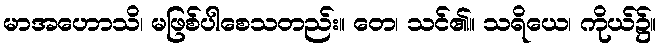
မာအဟောသိ၊ မဖြစ်ပါစေသတည်း။ တေ၊ သင်၏။ သရိယေ၊ ကိုယ်၌။